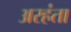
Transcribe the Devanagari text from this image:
अरहंता